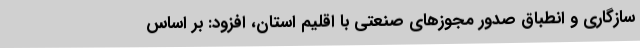
سازگاری و انطباق صدور مجوزهای صنعتی با اقلیم استان، افزود: بر اساس